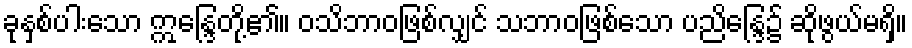
ခုနှစ်ပါးသော ဣန္ဒြေတို့၏။ ဝသိဘာဝဖြစ်လျှင် သဘာဝဖြစ်သော ပညိန္ဒြေ၌ ဆိုဖွယ်မရှိ။